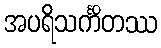
အပရိသင်္ကိတဿ